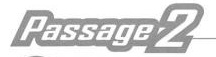
Passage2